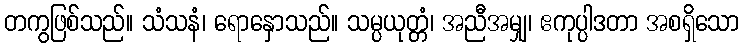
တကွဖြစ်သည်။ သံသနံ၊ ရောနှောသည်။ သမ္ပယုတ္တံ၊ အညီအမျှ၊ ဧကုပ္ပါဒတာ အစရှိသော